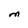
Character: M